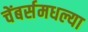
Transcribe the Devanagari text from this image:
चेंबर्समधल्या